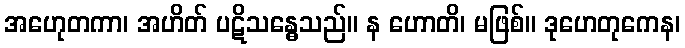
အဟေုတကာ၊ အဟိတ် ပဋိသန္ဓေသည်။ န ဟောတိ၊ မဖြစ်။ ဒုဟေတုကေန၊